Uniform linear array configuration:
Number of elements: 16
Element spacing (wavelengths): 1
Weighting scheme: hamming
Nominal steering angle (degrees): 45
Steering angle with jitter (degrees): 43.7
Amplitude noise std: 0.05
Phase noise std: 0.05

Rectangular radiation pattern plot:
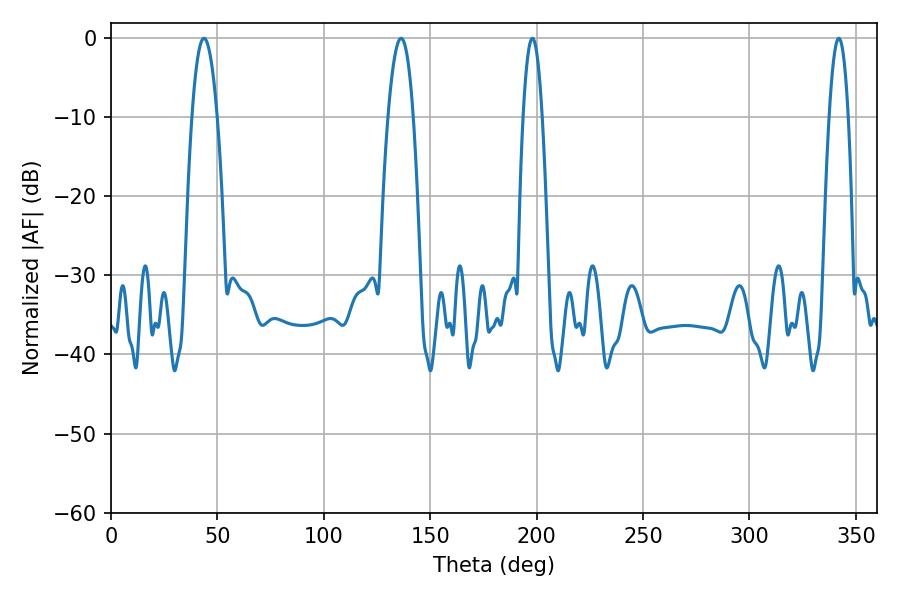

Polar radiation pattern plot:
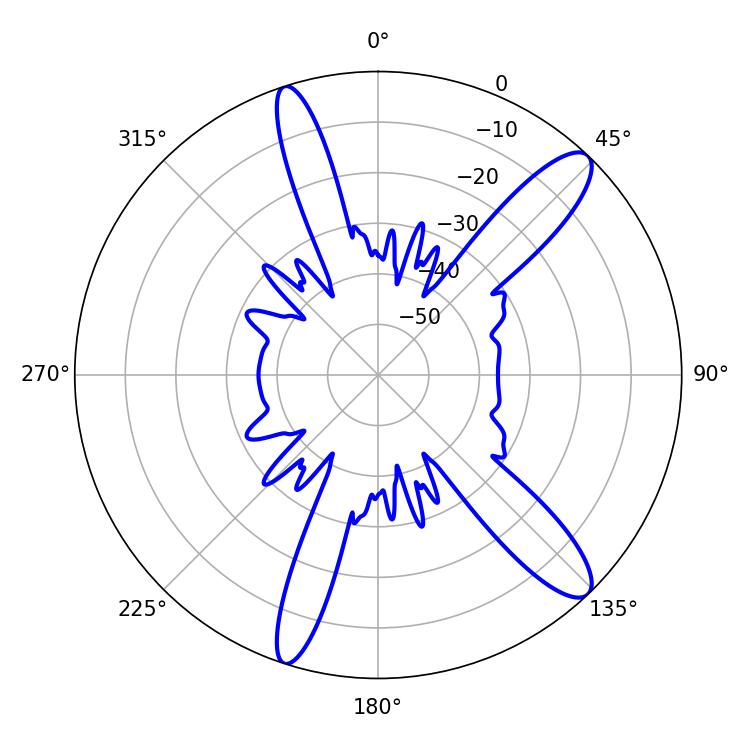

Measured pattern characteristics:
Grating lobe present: TRUE
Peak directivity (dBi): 12.501
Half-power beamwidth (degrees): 4.86
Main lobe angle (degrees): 198